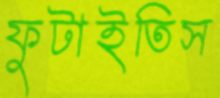
ফুটাইতিস